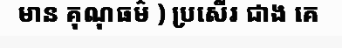
មាន គុណុធម៌ ) ប្រសើរ ជាង គេ